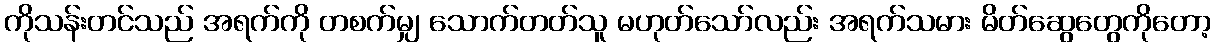
ကိုသန်းတင်သည် အရက်ကို တစက်မျှ သောက်တတ်သူ မဟုတ်သော်လည်း အရက်သမား မိတ်ဆွေတွေကိုတော့